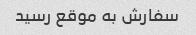
سفارش به موقع رسید